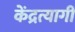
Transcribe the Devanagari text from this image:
केंद्रत्यागी